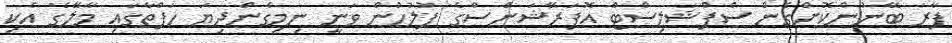
ފާރަ ބޭނުންކޮށްގެން ސްޕްޝަލިސްޓް އޮޕަރޭޝަންސްގެ ފުލުހުން ވަނީ ނިމިގެންދިޔަ ހަފްތާގައި މާލޭގެ އެކި